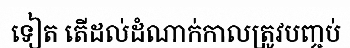
ទៀត តើដល់ដំណាក់កាលត្រូវបញ្ចប់